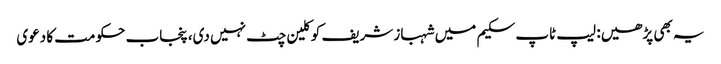
یہ بھی پڑھیں: لیپ ٹاپ سکیم میں شہباز شریف کو کلین چٹ نہیں دی، پنجاب حکومت کا دعوی